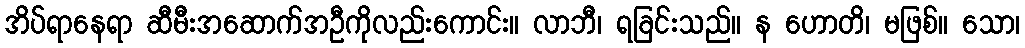
အိပ်ရာနေရာ ဆီမီးအဆောက်အဦကိုလည်းကောင်း။ လာဘီ၊ ရခြင်းသည်။ န ဟောတိ၊ မဖြစ်။ သော၊